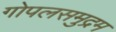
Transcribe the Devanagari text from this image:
गोपलसमुद्रम